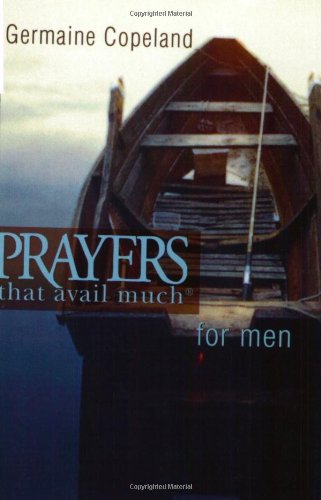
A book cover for Prayers That Avail Much for Men; Germaine Copeland; Parenting & Relationships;